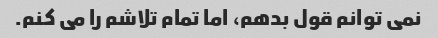
نمی توانم قول بدهم، اما تمام تلاشم را می کنم.